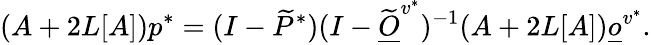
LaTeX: (A+2L[A])p^{*}=(I-\widetilde P^{*})(I-\widetilde{\underline{O}}^{v^{*}})^{-1}(A+2L[A])\underline{o}^{v^{*}}.